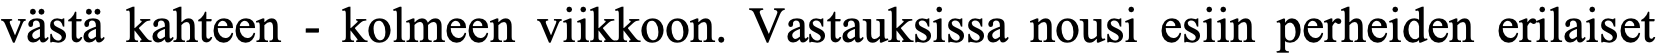
västä kahteen - kolmeen viikkoon. Vastauksissa nousi esiin perheiden erilaiset